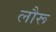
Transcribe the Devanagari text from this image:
लौरू